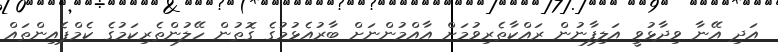
އަދި އޭނާ ވިދާޅުވީ އަލިފާނުން ރައްކާތެރިވުމަށް އާއްމުންނަށް ބާރުއެޅުމުގެ ގޮތުން ހޭލުންތެރިކަމުގެ ކެމްޕެއިންތައް